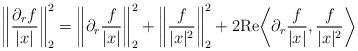
LaTeX: \begin{align*}\bigg\| \frac{\partial_rf}{|x|} \bigg\|_{2}^2 = \bigg\|\partial_r \frac{f}{|x|} \bigg\|_{2}^2 + \bigg\| \frac{f}{|x|^2} \bigg\|_{2}^2 + 2\mathrm{Re} \bigg\langle \partial_r \frac{f}{|x|}, \frac{f}{|x|^2} \bigg\rangle\end{align*}